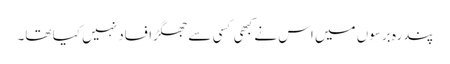
پندرہ برسوں میں اس نے کبھی کسی سے جھگڑا فساد نہیں کیا تھا۔